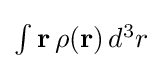
{\textstyle \int \mathbf {r} \,\rho (\mathbf {r} )\,d^{3}r}